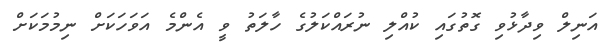
އަނިލް ވިދާޅުވި ގޮތުގައި ކުއްލި ނުރައްކަލުގެ ހާލަތު ވީ އެންމެ އަވަހަކަށް ނިމުމަކަށް